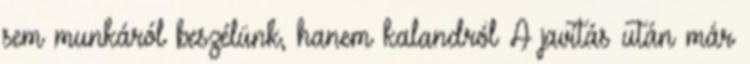
sem munkáról beszélünk, hanem kalandról A javítás után már